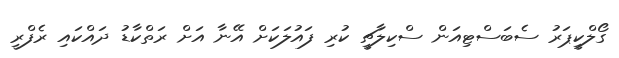
ގޯލްކީޕަރު ސެބަސްޓިއަން ސްކިލާޗީ ކުރި ފައުލަކަށް އޭނާ އަށް ރަތްކާޑު ދައްކައި ރެފްރީ